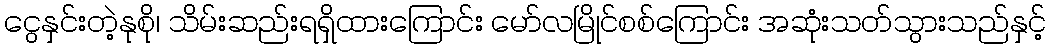
ငွေနှင်းတဲ့နုစို၊ သိမ်းဆည်းရရှိထားကြောင်း မော်လမြိုင်စစ်ကြောင်း အဆုံးသတ်သွားသည်နှင့်